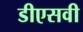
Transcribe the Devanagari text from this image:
डीएसवी